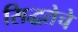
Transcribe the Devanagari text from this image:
सिद्धतेचे